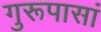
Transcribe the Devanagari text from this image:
गुरूपासां